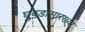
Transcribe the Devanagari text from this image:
घुबडासारख्या